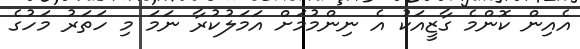
އެއިން ކޮންމެ ގާޒީއަކު އެ ނިންމުމަށް އަމަލުކުރާ ނަމަ މި ހަތަރު މަހުގެ